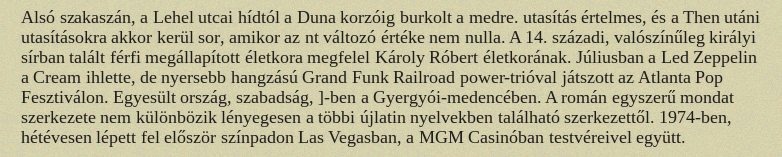
Alsó szakaszán, a Lehel utcai hídtól a Duna korzóig burkolt a medre. utasítás értelmes, és a Then utáni utasításokra akkor kerül sor, amikor az nt változó értéke nem nulla. A 14. századi, valószínűleg királyi sírban talált férfi megállapított életkora megfelel Károly Róbert életkorának. Júliusban a Led Zeppelin a Cream ihlette, de nyersebb hangzású Grand Funk Railroad power-trióval játszott az Atlanta Pop Fesztiválon. Egyesült ország, szabadság, ]-ben a Gyergyói-medencében. A román egyszerű mondat szerkezete nem különbözik lényegesen a többi újlatin nyelvekben található szerkezettől. 1974-ben, hétévesen lépett fel először színpadon Las Vegasban, a MGM Casinóban testvéreivel együtt.